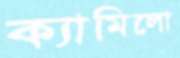
ক্যামিলো